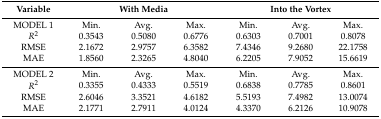
<table><thead><tr><td><b>Variable</b></td><td colspan="3"><b>With Media</b></td><td colspan="3"><b>Into the Vortex</b></td></tr></thead><tbody><tr><td>MODEL 1</td><td>Min.</td><td>Avg.</td><td>Max.</td><td>Min.</td><td>Avg.</td><td>Max.</td></tr><tr><td><i>R</i><sup>2</sup></td><td>0.3543</td><td>0.5080</td><td>0.6776</td><td>0.6303</td><td>0.7001</td><td>0.8078</td></tr><tr><td>RMSE</td><td>2.1672</td><td>2.9757</td><td>6.3582</td><td>7.4346</td><td>9.2680</td><td>22.1758</td></tr><tr><td>MAE</td><td>1.8560</td><td>2.3265</td><td>4.8040</td><td>6.2205</td><td>7.9052</td><td>15.6619</td></tr><tr><td>MODEL 2</td><td>Min.</td><td>Avg.</td><td>Max.</td><td>Min.</td><td>Avg.</td><td>Max.</td></tr><tr><td><i>R</i><sup>2</sup></td><td>0.3355</td><td>0.4333</td><td>0.5519</td><td>0.6838</td><td>0.7785</td><td>0.8601</td></tr><tr><td>RMSE</td><td>2.6046</td><td>3.3521</td><td>4.6182</td><td>5.5193</td><td>7.4982</td><td>13.0074</td></tr><tr><td>MAE</td><td>2.1771</td><td>2.7911</td><td>4.0124</td><td>4.3370</td><td>6.2126</td><td>10.9078</td></tr></tbody></table>